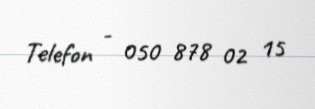
Telefon - 050 878 02 15